画像に写った文字を読んでください
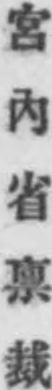
「宮內省禀裁」と書いてあります